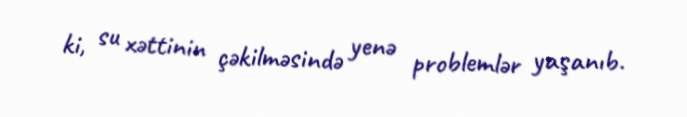
ki, su xəttinin çəkilməsində yenə problemlər yaşanıb.